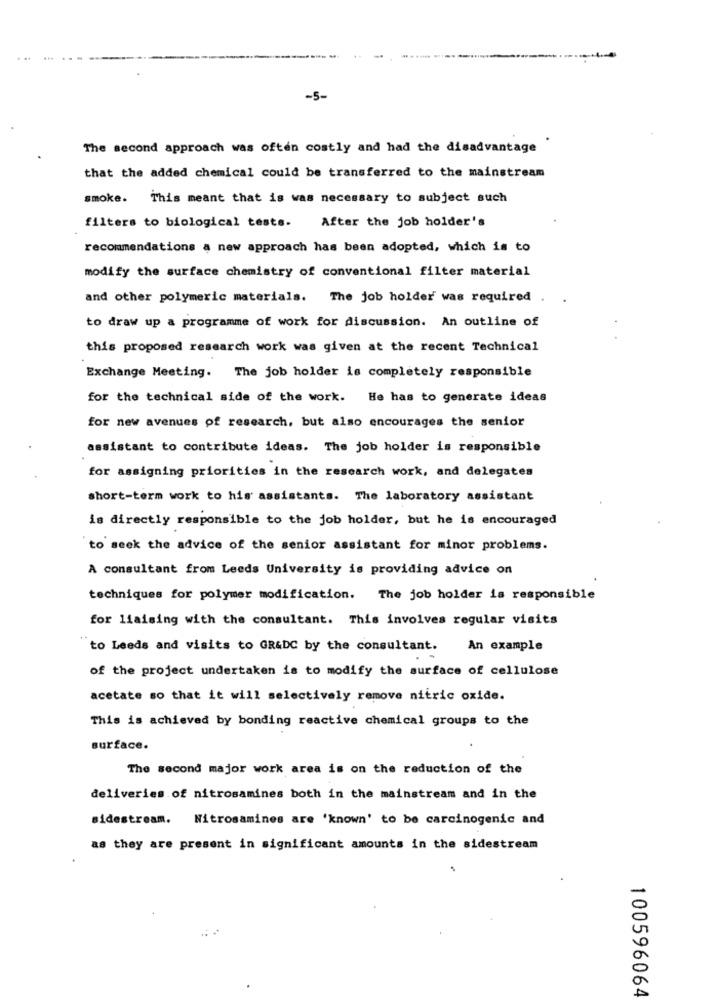
~5-
The second approach was often costly and had the disadvantage
that the added chemical could be transferred to the mainstream
smoke. This meant that is was necessary to subject such
filters to biological tests.
After the job holder's
recommendations a new approach has been adopted, which is to
modify the surface chemistry of conventional filter material
and other polymeric materials. The job holder was required
to draw up a programme of work for discussion. An outline of
this proposed research work was given at the recent Technical
Exchange Meeting. The job holder is completely responsible
for the technical side of the work. He has to generate ideas
for new avenues of research, but also encourages the senior
assistant to contribute ideas. The job holder is responsible
for assigning priorities in the research work, and delegates
short-term work to his assistants. The laboratory assistant
is directly responsible to the job holder, but he is encouraged
to seek the advice of the senior assistant for minor problems.
A consultant from Leeds University is providing advice on
techniques for polymer modification. The job holder is responsible
for liaising with the consultant. This involves regular visits
to Leeds and visits to GR&DC by the consultant.
An example
of the project undertaken is to modify the surface of cellulose
acetate so that it will selectively remove nitric oxide.
This is achieved by bonding reactive chemical groups to the
surface.
The second major work area is on the reduction of the
deliveries of nitrosamines both in the mainstream and in the
sidestream. Nitrosamines are 'known' to be carcinogenic and
as they are present in significant amounts in the sidestream
100596064